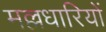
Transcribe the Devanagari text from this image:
मल्लधारियों